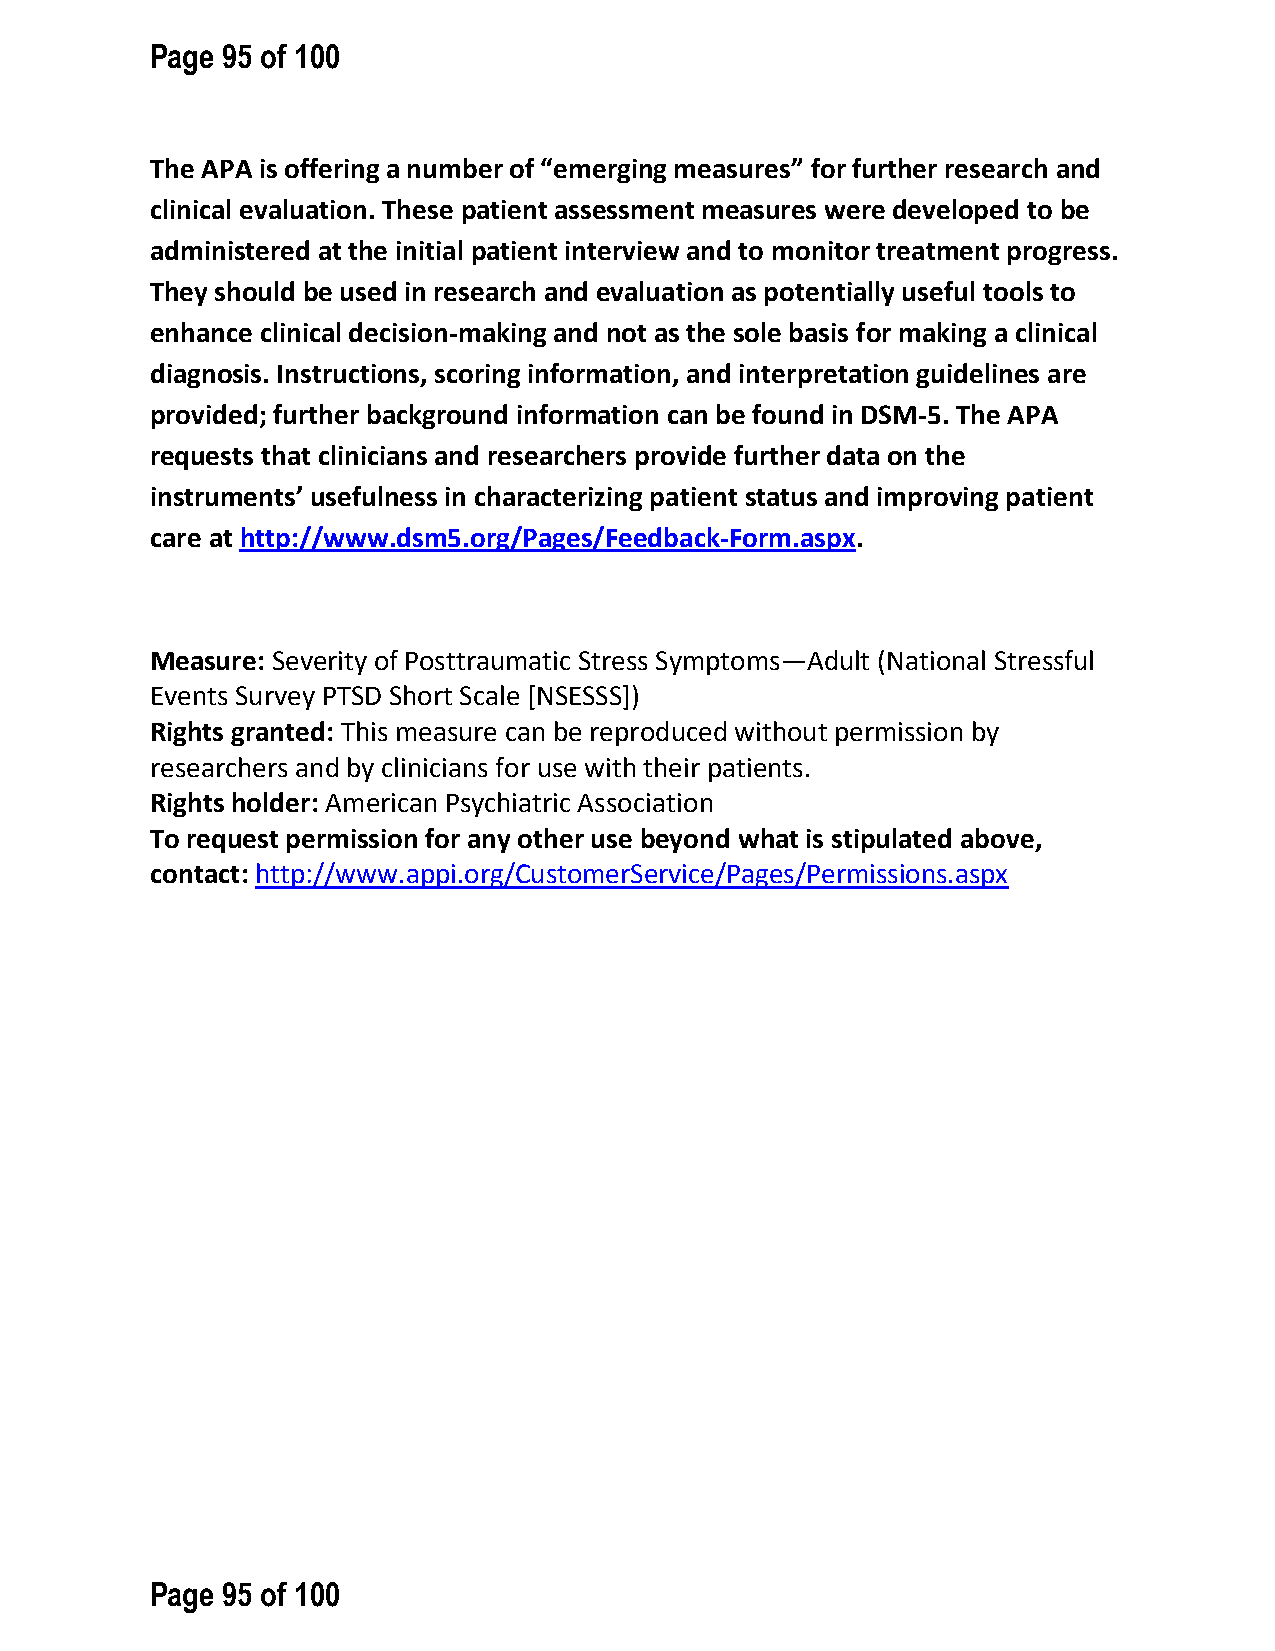
Page 95 of 100
 The APA is offering a number of “emerging measures” for further research and
 clinical evaluation. These patient assessment measures were developed to be
 administered at the initial patient interview and to monitor treatment progress.
 They should be used in research and evaluation as potentially useful tools to
 enhance clinical decision-making and not as the sole basis for making a clinical
 diagnosis. Instructions, scoring information, and interpretation guidelines are
 provided; further background information can be found in DSM-5. The APA
 requests that clinicians and researchers provide further data on the
 instruments’ usefulness in characterizing patient status and improving patient
 care at http://www.dsm5.org/Pages/Feedback-Form.aspx.
 Measure: Severity of Posttraumatic Stress Symptoms—Adult (National Stressful
 Events Survey PTSD Short Scale [NSESSS])
 Rights granted: This measure can be reproduced without permission by
 researchers and by clinicians for use with their patients.
 Rights holder: American Psychiatric Association
 To request permission for any other use beyond what is stipulated above,
 contact: http://www.appi.org/CustomerService/Pages/Permissions.aspx
 Page 95 of 100